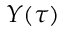
Y ( \tau )